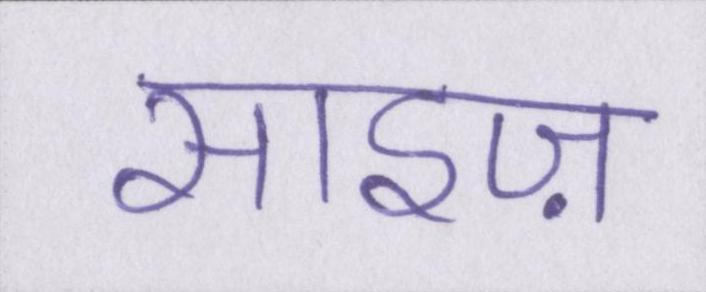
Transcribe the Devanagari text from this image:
साइज़